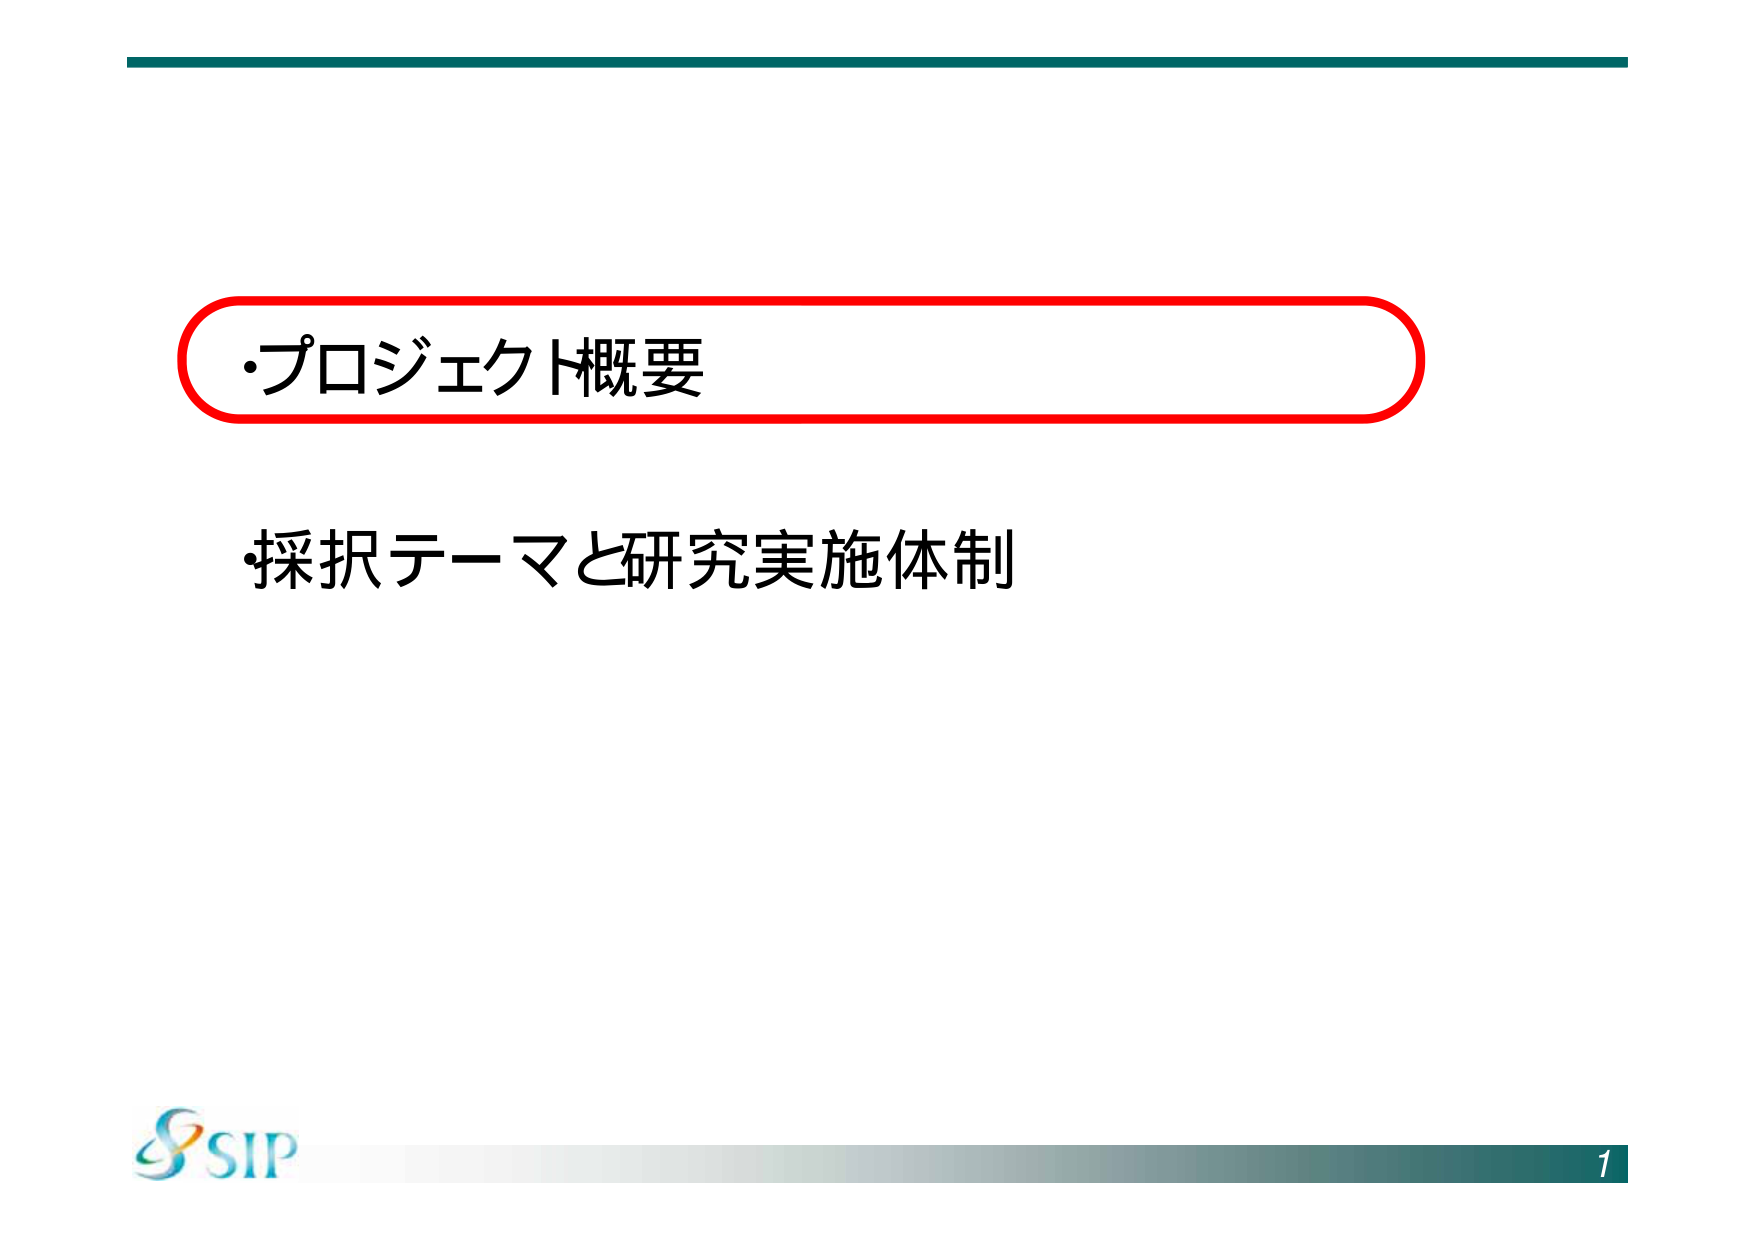
・プロジェクト概要
・採択テーマと研究実施体制
SIP
1